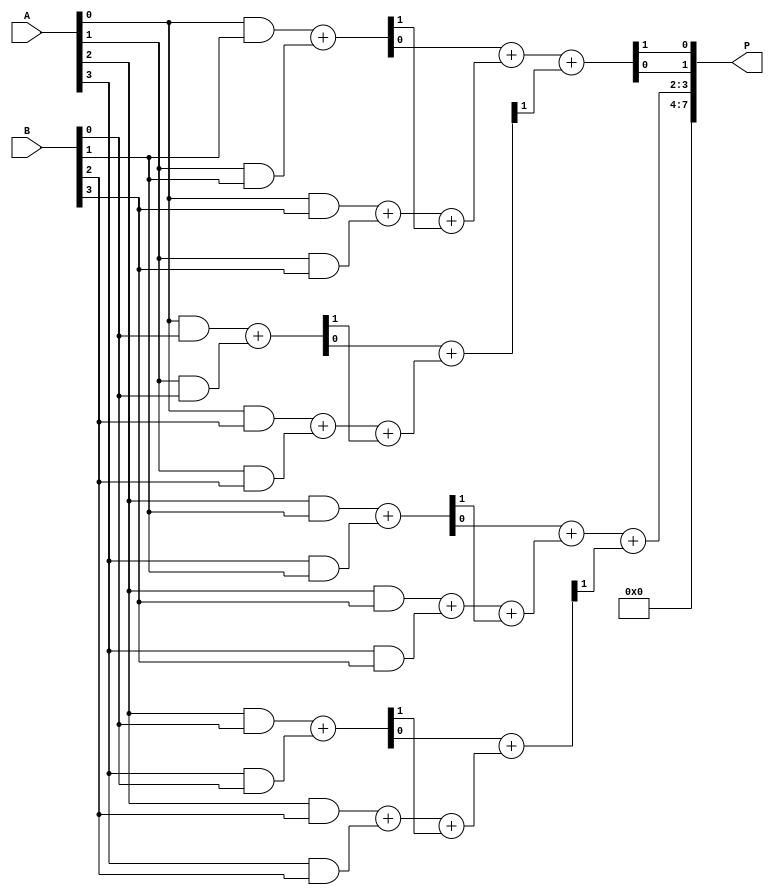
module wallace_tree_multiplier (
    input [3:0] A,
    input [3:0] B,
    output reg [7:0] P
);

    // Partial product generation
    wire [3:0] pp[3:0]; // Partial products
    genvar i, j;
    generate
        for (i = 0; i < 4; i = i + 1) begin : pp_gen
            for (j = 0; j < 4; j = j + 1) begin : and_gen
                assign pp[i][j] = A[i] & B[j];
            end
        end
    endgenerate

    // Reduction stage 1
    wire [3:0] sum1[2:0]; // Sums for reduction stage 1
    wire [3:0] carry1[2:0]; // Carries for reduction stage 1

    // Half adders and full adders for first reduction stage
    assign {carry1[0][0], sum1[0][0]} = pp[0][0] + pp[1][0]; // HA
    assign {carry1[0][1], sum1[0][1]} = pp[2][0] + pp[3][0]; // HA
    assign {carry1[0][2], sum1[0][2]} = pp[0][1] + pp[1][1]; // HA
    assign {carry1[0][3], sum1[0][3]} = pp[2][1] + pp[3][1]; // HA

    assign {carry1[1][0], sum1[1][0]} = pp[0][2] + pp[1][2] + carry1[0][0]; // FA
    assign {carry1[1][1], sum1[1][1]} = pp[2][2] + pp[3][2] + carry1[0][1]; // FA
    assign {carry1[1][2], sum1[1][2]} = pp[0][3] + pp[1][3] + carry1[0][2]; // FA
    assign {carry1[1][3], sum1[1][3]} = pp[2][3] + pp[3][3] + carry1[0][3]; // FA

    // Reduction stage 2
    wire [3:0] sum2[1:0]; // Sums for reduction stage 2
    wire [3:0] carry2[1:0]; // Carries for reduction stage 2

    assign {carry2[0][0], sum2[0][0]} = sum1[0][0] + sum1[1][0]; // HA
    assign {carry2[0][1], sum2[0][1]} = sum1[0][1] + sum1[1][1]; // HA

    assign {carry2[1][0], sum2[1][0]} = sum1[0][2] + sum1[1][2] + carry2[0][0]; // FA
    assign {carry2[1][1], sum2[1][1]} = sum1[0][3] + sum1[1][3] + carry2[0][1]; // FA

    // Final addition
    always @(*) begin
        P = {carry2[1][1], sum2[1][1], sum2[1][0], carry2[1][0]};
    end

endmodule